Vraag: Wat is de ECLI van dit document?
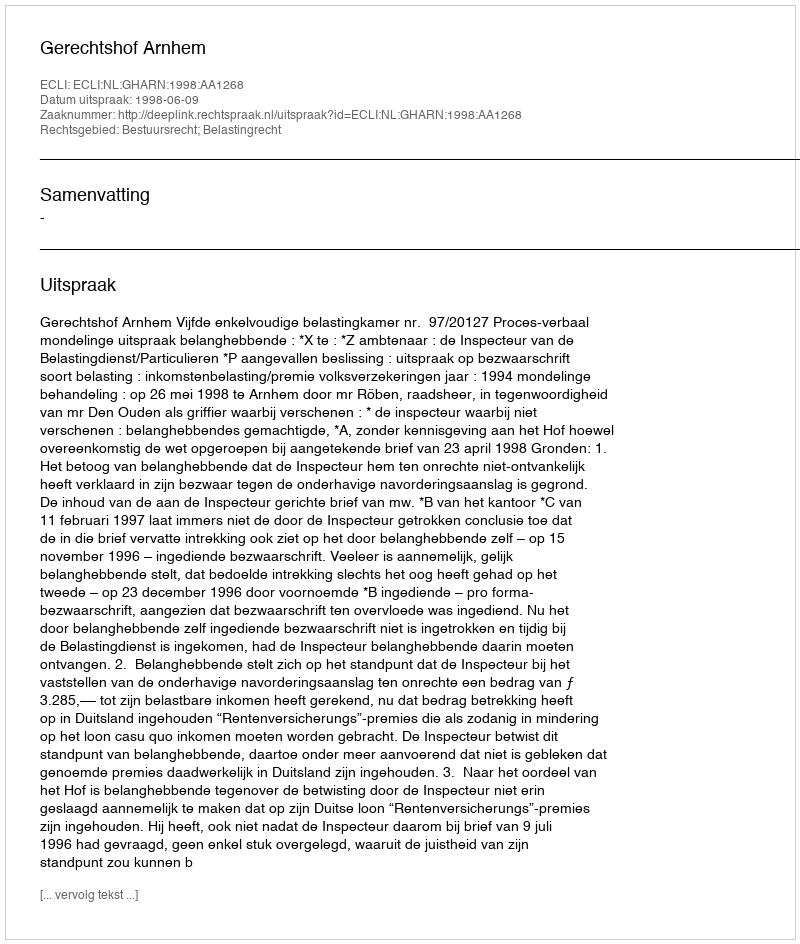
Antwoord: ECLI:NL:GHARN:1998:AA1268